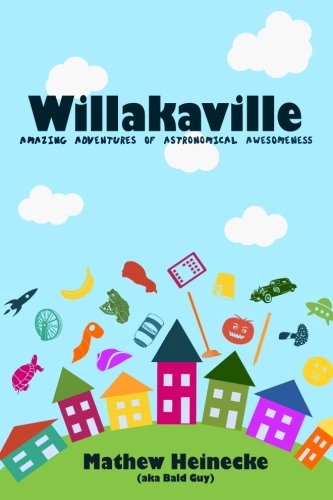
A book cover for Willakaville: Amazing Adventures of Astronomical Awesomeness (Volume 1); Mathew F Heinecke; Literature & Fiction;